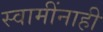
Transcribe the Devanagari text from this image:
स्वामींनाही